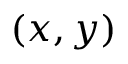
( x , y )